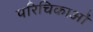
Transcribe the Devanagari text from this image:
परिचिकाओं